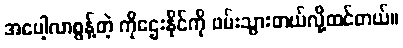
အပေါ့လာစွန့်တဲ့ ကိုဌေးနိုင်ကို ဖမ်းသွားတယ်လို့ထင်တယ်။